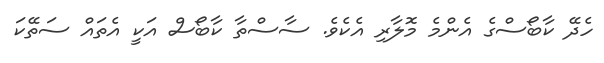
ހެދޭ ކާބޯސްގެ އެންމެ މޮލާރި އެކެވެ. ސާސްތާ ކާބޯސް އަކީ އެތައް ސަތޭކަ